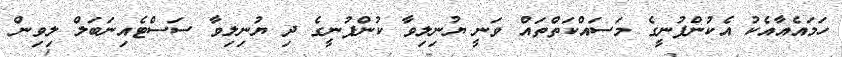
ހަމައެއާއެކު އެކުންފުނީގެ މަސައްކަތްތައް ވަނީ ޔުނިލިވާ ކުންފުނީގެ ދި ޔުނިލިވާ ސަސްޓެއިނަބަލް ލިވިން